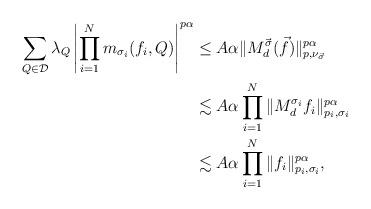
LaTeX: \begin{align*}\sum_{Q\in \mathcal D}\lambda_Q\left|\prod_{i=1}^Nm_{\sigma_i}(f_i,Q)\right|^{p\alpha} &\le A\alpha\|M_{d}^{\vec \sigma}(\vec f)\|_{p,\nu_{\vec \sigma}}^{p\alpha}\\ &\lesssim A\alpha \prod_{i=1}^N\|M_d^{\sigma_i}f_i\|_{p_i,\sigma_i}^{p\alpha}\\ &\lesssim A\alpha \prod_{i=1}^N\|f_i\|_{p_i,\sigma_i}^{p\alpha},\end{align*}